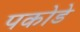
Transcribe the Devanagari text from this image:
पकोडे